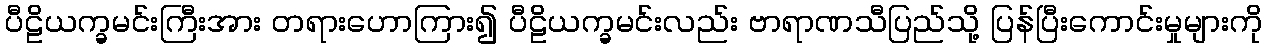
ပီဠိယက္ခမင်းကြီးအား တရားဟောကြား၍ ပီဠိယက္ခမင်းလည်း ဗာရာဏသီပြည်သို့ ပြန်ပြီးကောင်းမှုများကို